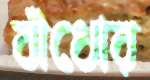
বাঁধোর